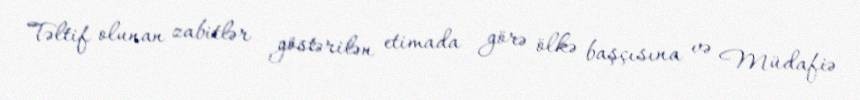
Təltif olunan zabitlər göstərilən etimada görə ölkə başçısına və Müdafiə